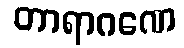
တာရာဂဏေ